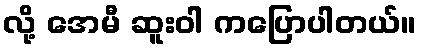
လို့ အေမီ ဆူးဝါ ကပြောပါတယ်။